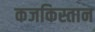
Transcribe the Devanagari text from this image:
कजकिस्तान